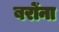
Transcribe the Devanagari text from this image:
बरोंना